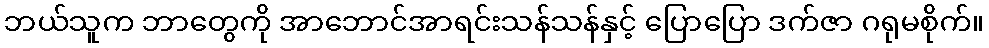
ဘယ်သူက ဘာတွေကို အာဘောင်အာရင်းသန်သန်နှင့် ပြောပြော ဒက်ဇာ ဂရုမစိုက်။